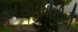
અસાવધાનીથી